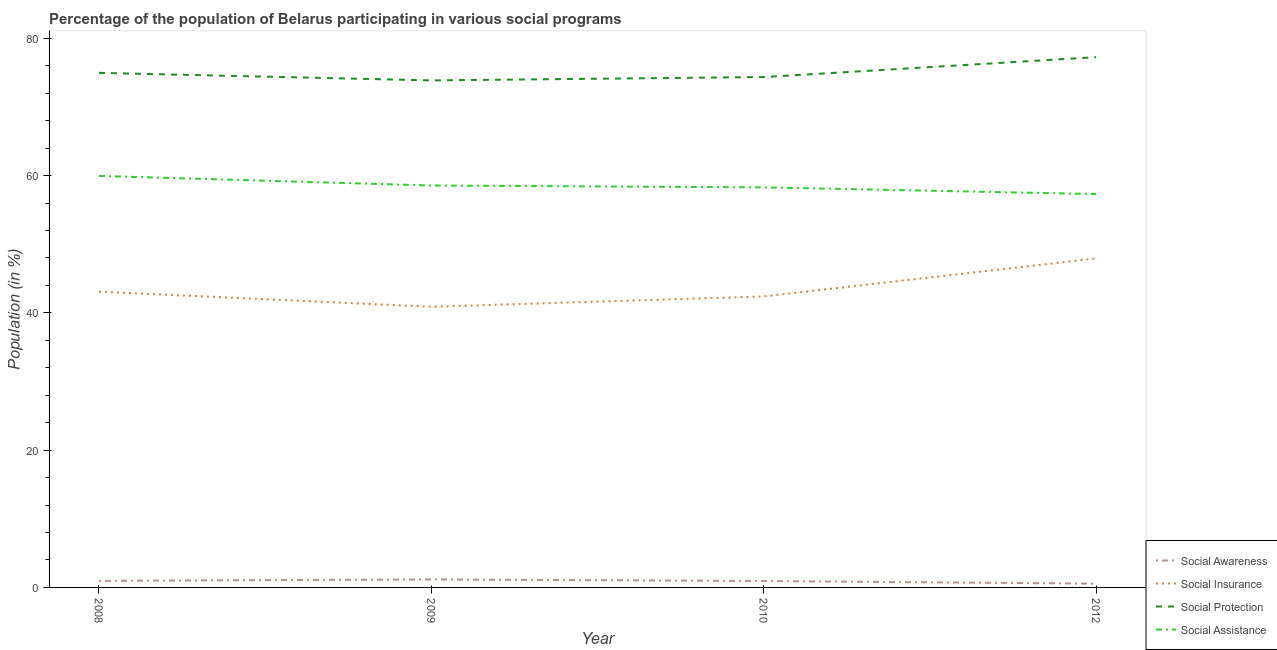
| Year | Social Awareness | Social Insurance | Social Protection | Social Assistance |
 | --- | --- | --- | --- | --- |
 | 2008 | 0.957 | 43.1 | 75 | 59.9 |
 | 2009 | 1.17 | 40.9 | 73.9 | 58.6 |
 | 2010 | 0.934 | 42.4 | 74.4 | 58.3 |
 | 2012 | 0.553 | 47.9 | 77.2 | 57.3 |